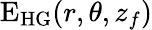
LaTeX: \mathrm{E}_{\mathrm{HG}}(r,\theta,z_{f})